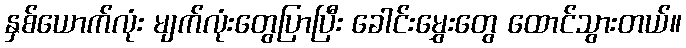
နှစ်ယောက်လုံး မျက်လုံးတွေပြာပြီး ခေါင်းမွှေးတွေ ထောင်သွားတယ်။